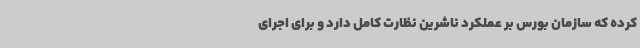
کرده که سازمان بورس بر عملکرد ناشرین نظارت کامل دارد و برای اجرای